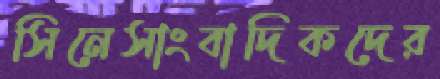
সিনেসাংবাদিকদের